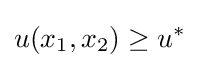
u(x_{1},x_{2})\geq u^{*}